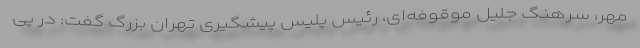
مهر، سرهنگ جلیل موقوفه‌ای، رئیس پلیس پیشگیری تهران بزرگ گفت: در پی